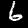
Label: 6